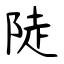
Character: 陡